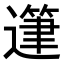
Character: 𨖷